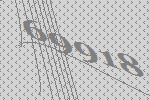
69918